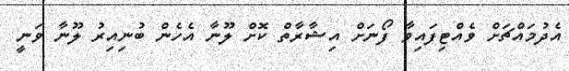
އެދުމައްޗަށް ވެއްޓިފައިވާ ފޯނަށް އިޝާރާތް ކޮށް ލޫނާ އެހެން ބުނިއިރު ލޫނާ ވަނީ